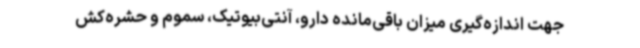
جهت اندازه‌گیری میزان باقی‌مانده دارو، آنتی‌بیوتیک، سموم و حشره‌کش